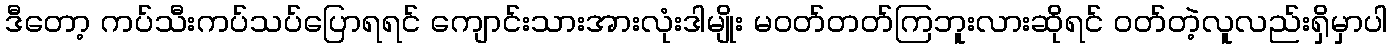
ဒီတော့ ကပ်သီးကပ်သပ်ပြောရရင် ကျောင်းသားအားလုံးဒါမျိုး မဝတ်တတ်ကြဘူးလားဆိုရင် ဝတ်တဲ့လူလည်းရှိမှာပါ